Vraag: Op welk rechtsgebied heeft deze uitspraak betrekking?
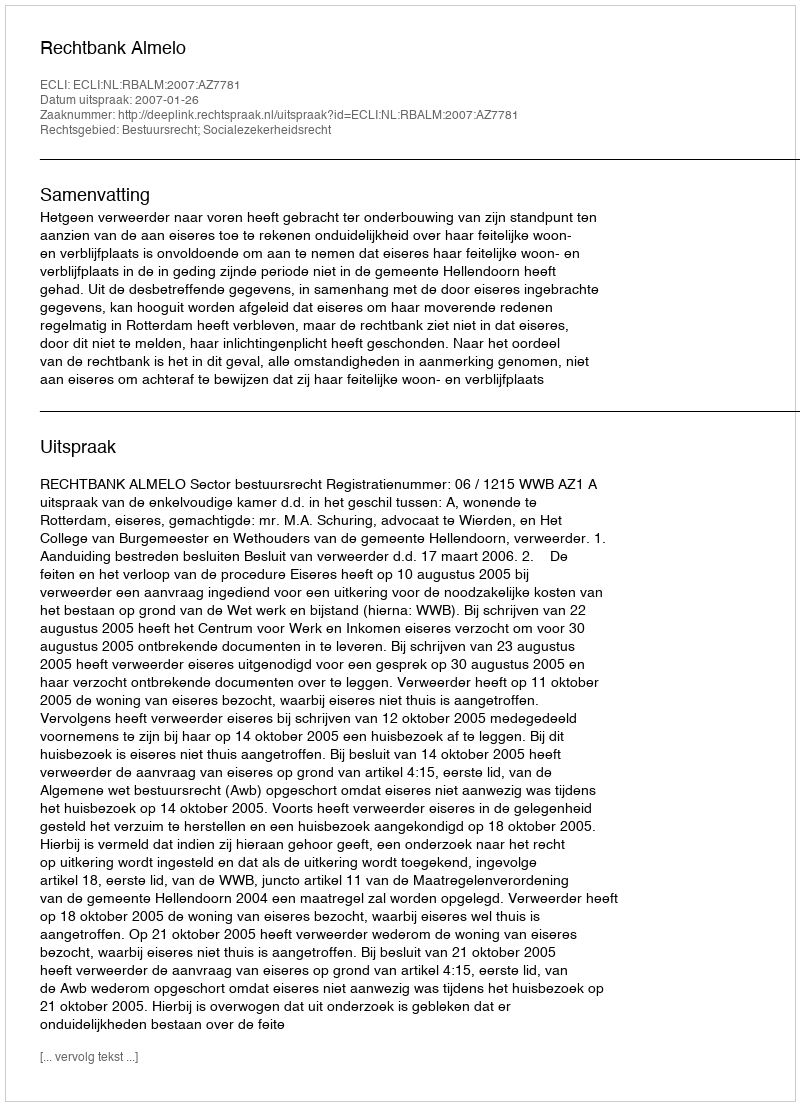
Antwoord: Bestuursrecht; Socialezekerheidsrecht